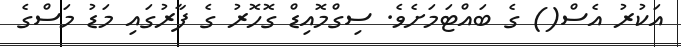
އަކުރު އެސް() ގެ ބައްޓަމަށެވެ. ސިގްމޮއިޑް ގޮހޮރު ގެ ފާރުގައި މަޑު މަސްގެ